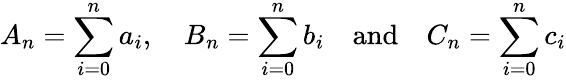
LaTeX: A_{n}=\sum_{i=0}^{n}a_{i},\quad B_{n}=\sum_{i=0}^{n}b_{i}\quad{\mathrm{and}}\quad C_{n}=\sum_{i=0}^{n}c_{i}